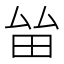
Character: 𤱊